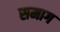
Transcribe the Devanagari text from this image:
समाग